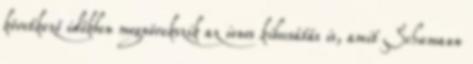
következő időkben megnövekszik az ionos kibocsátás is, amit Schumann